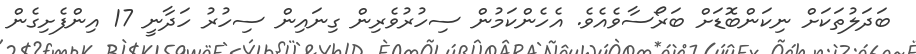
ބަދަލުތަކަށް ނިކަންބޮޑަށް ބަރޯސާވެއެވެ. އެހެންކަމުން ސިހުރުވެރިން ގިނައިން ސިހުރު ހަދާނީ 17 އިންފެށިގެން